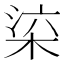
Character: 𣒕